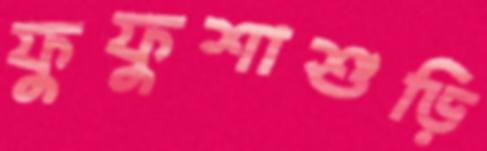
ফুফুশাশুড়ি